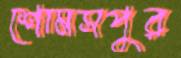
শোমসপুর